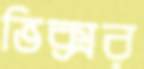
ভিক্সর